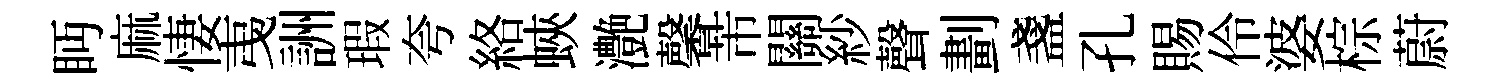
眄麻悽𢎯詶瑕夸絡蛺灔馨芾關紗聲劃盞孔賜伶婆棕蔚